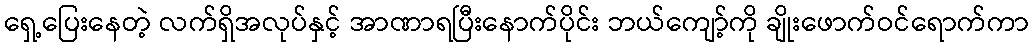
ရှေ့ပြေးနေတဲ့ လက်ရှိအလုပ်နှင့် အာဏာရပြီးနောက်ပိုင်း ဘယ်ကျော့်ကို ချိုးဖောက်ဝင်ရောက်ကာ